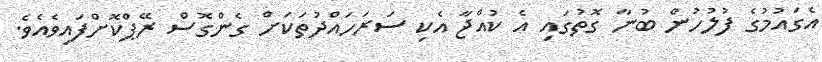
އެގައުމުގެ ފުލުހުން ބުނާ ގޮތުގައި އެ ކުއްޖާ އެކި ސަރަހައްދުތަކަށް ގެންގޮސް ރޭޕްކޮށްފައިވެއެވެ.